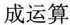
成运算